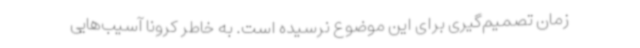
زمان تصمیم‌گیری برای این موضوع نرسیده است. به خاطر کرونا آسیب‌هایی